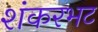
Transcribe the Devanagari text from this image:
शंकरभट